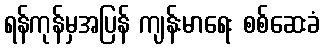
ရန်ကုန်မှအပြန် ကျန်းမာရေး စစ်ဆေးခံ